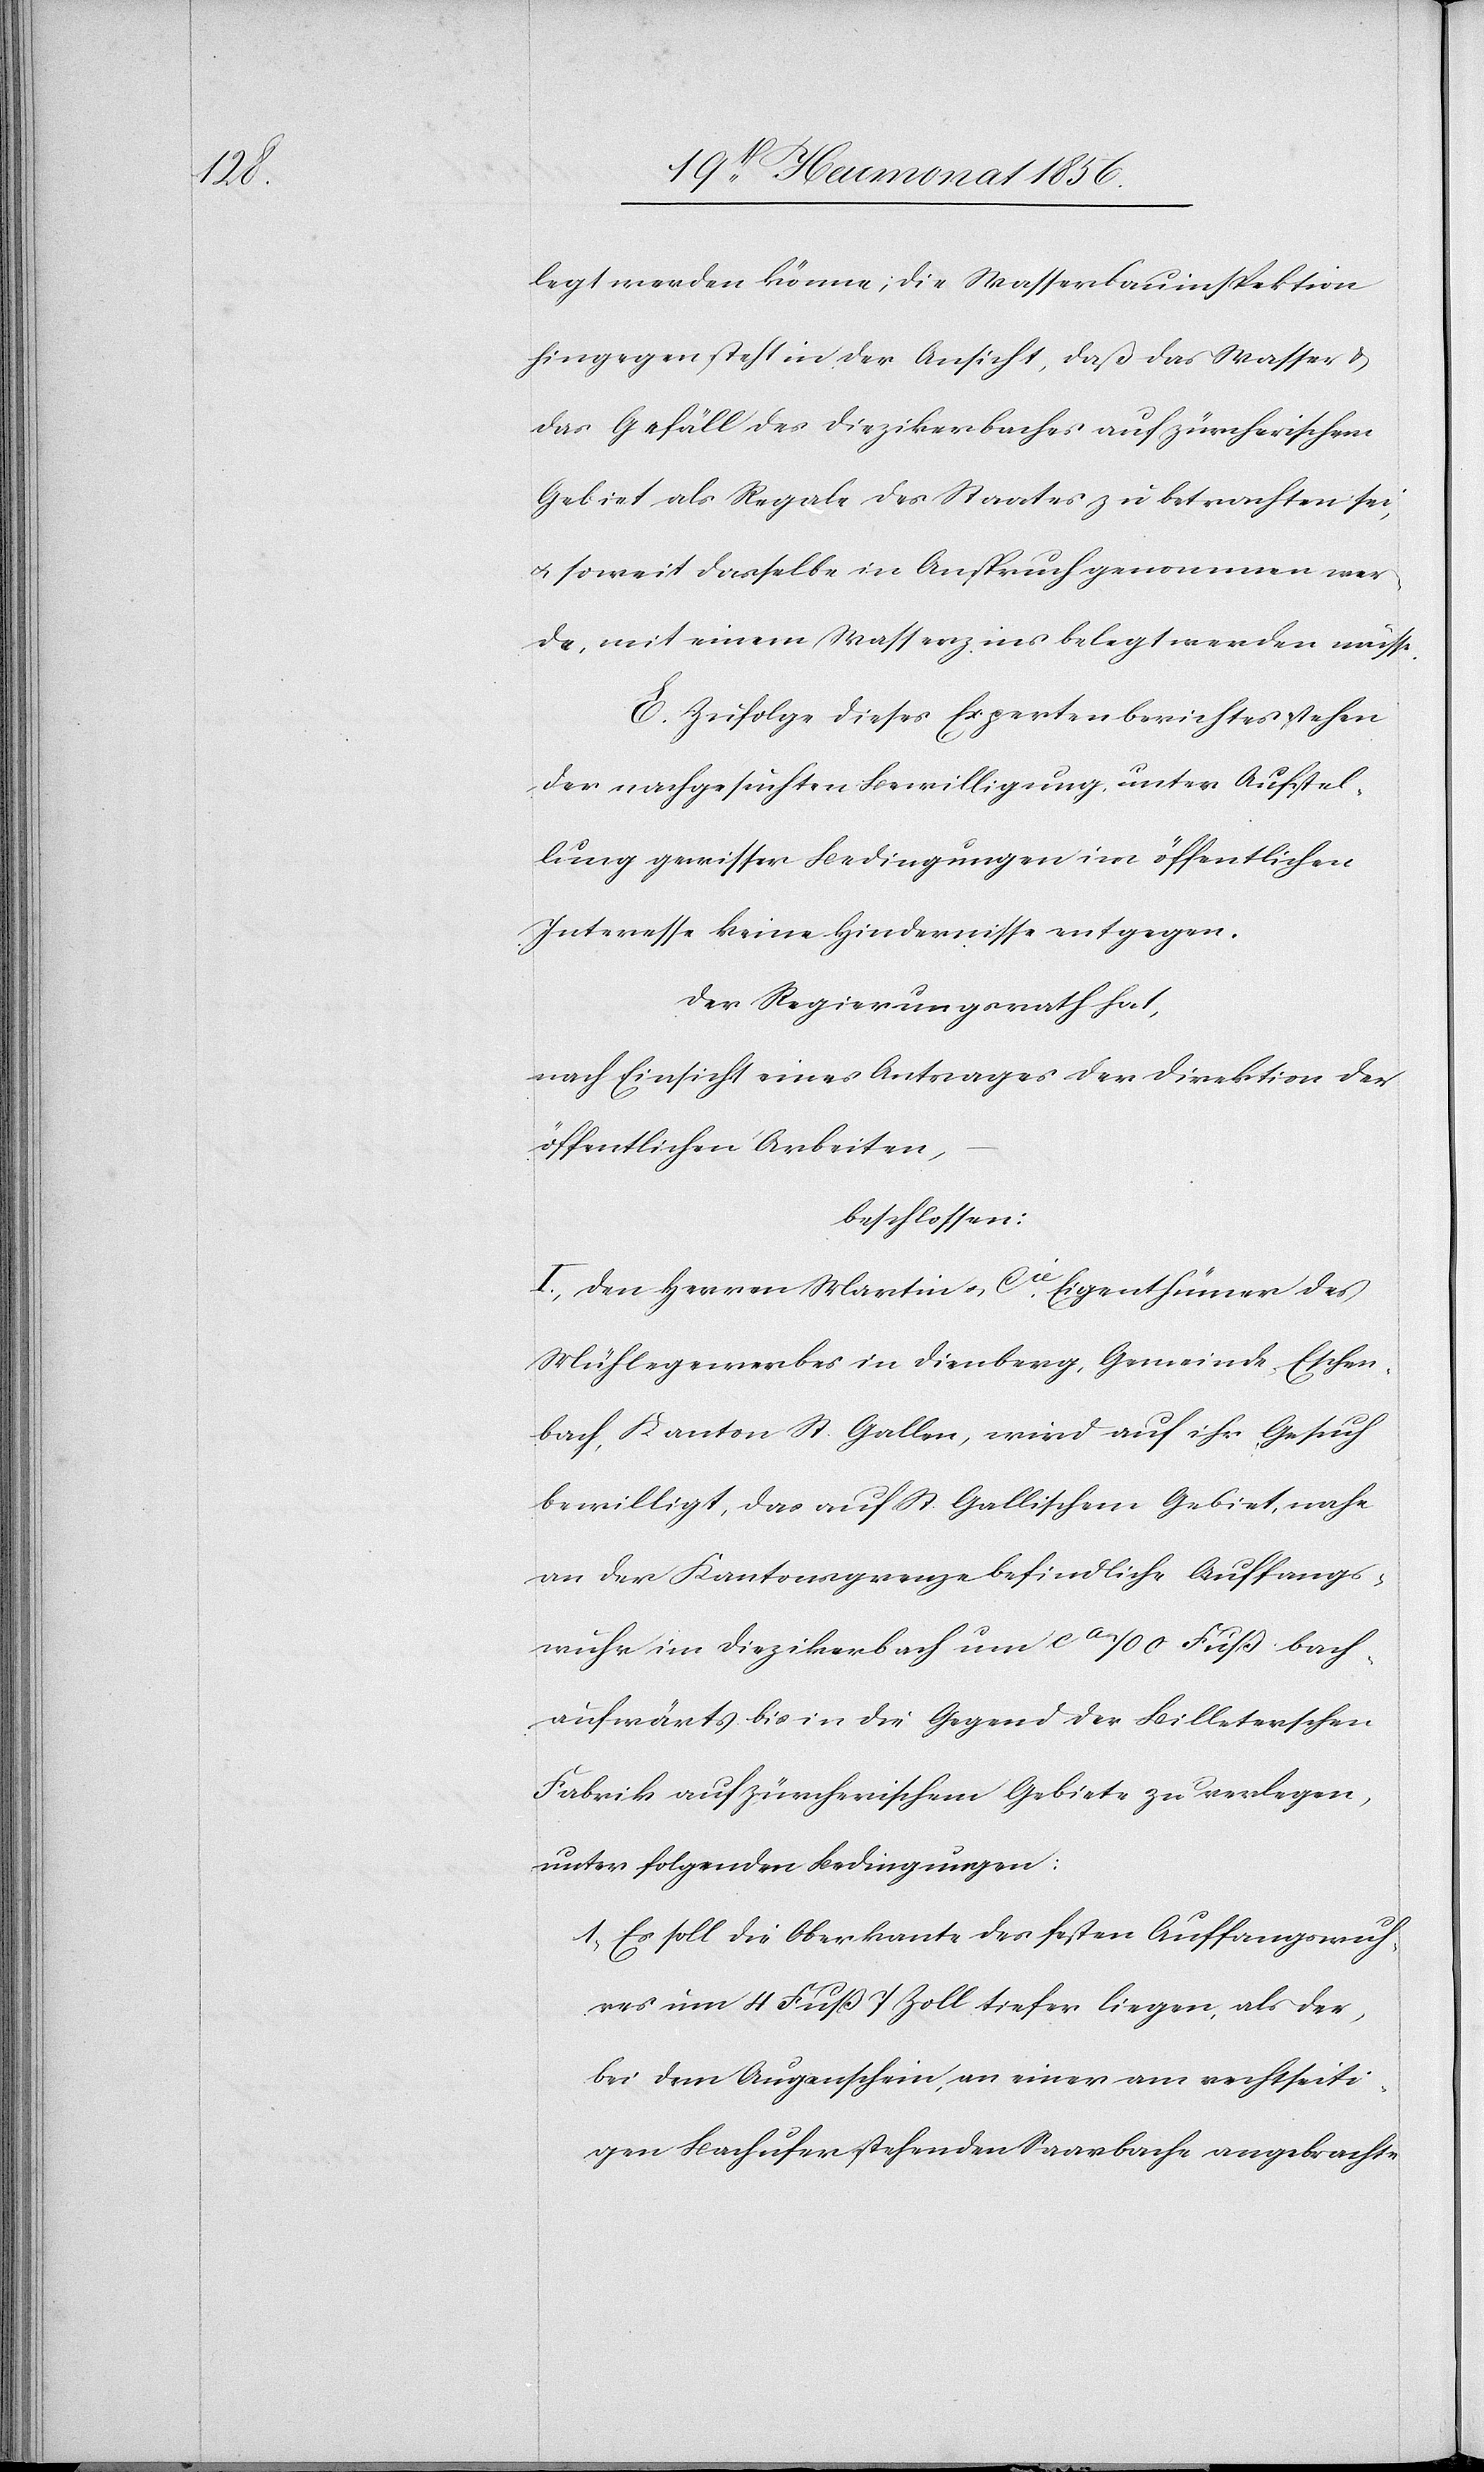
legt werden könne; die Wasserbauinspektion
hingegen steht in der Ansicht, daß das Wasser &
das Gefäll des Diezikerbaches auf zürcherischem
Gebiet als Regale des Staates zu betrachten sei,
u. soweit dasselbe in Anspruch genommen wer¬
de, mit einem Wasserzins belegt werden müsse.
E. Zufolge dieses Expertenberichtes stehen
der nachgesuchten Bewilligung, unter Aufstel¬
lung gewisser Bedingungen im öffentlichen
Interesse keine Hindernisse entgegen.
Der Regierungsrath hat,
nach Einsicht eines Antrages der Direktion der
öffentlichen Arbeiten,
beschlossen:
I.) Den Herren Martin u. Cie, Eigenthümer des
Mühlegewerbes in Dienberg, Gemeinde Eschen¬
bach, Kanton St. Gallen, wird auf ihr Gesuch
bewilligt, das auf St. Gallischem Gebiet, nahe
an der Kantonsgrenze befindliche Auffangs¬
wuhr im Diezikerbach um ca 700 Fuß bach¬
aufwärts bis in die Gegend der Billeterschen
Fabrik auf zürcherischem Gebiete zu verlegen,
unter folgenden Bedingungen:
1.) Es soll die Oberkante des festen Auffangswuh¬
res um 4 Fuß 7 Zoll tiefer liegen, als der,
bei dem Augenschein, an einer am rechtseiti¬
gen Bachufer stehenden Saarbache angebrachte